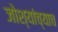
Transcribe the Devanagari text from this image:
जोश्यांच्याच